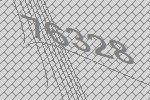
76328